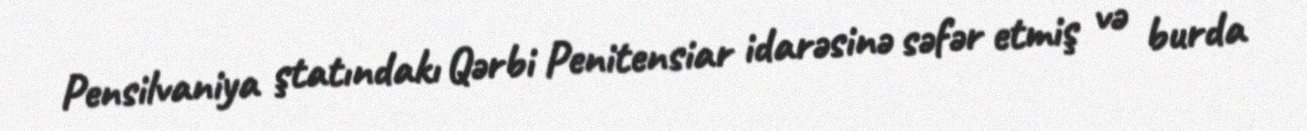
Pensilvaniya ştatındakı Qərbi Penitensiar idarəsinə səfər etmiş və burda